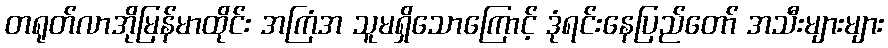
တရုတ်လာအိုမြန်မာထိုင်း အကြံအ သူမရှိသောကြောင့် ဒုံရင်းနေပြည်တော် အသီးများများ